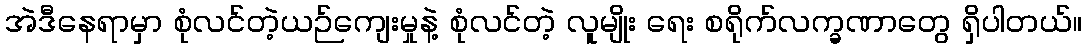
အဲဒီနေရာမှာ စုံလင်တဲ့ယဉ်ကျေးမှုနဲ့ စုံလင်တဲ့ လူမျိုး ရေး စရိုက်လက္ခဏာတွေ ရှိပါတယ်။